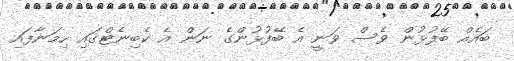
ބައެއް ބޭފުޅުން ވެސް ވަނީ އެ ބޭފުޅުންގެ ނަން އެ ކެބިނެޓްގައި ހިމަނާފައި